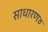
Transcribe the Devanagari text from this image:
साधारण४